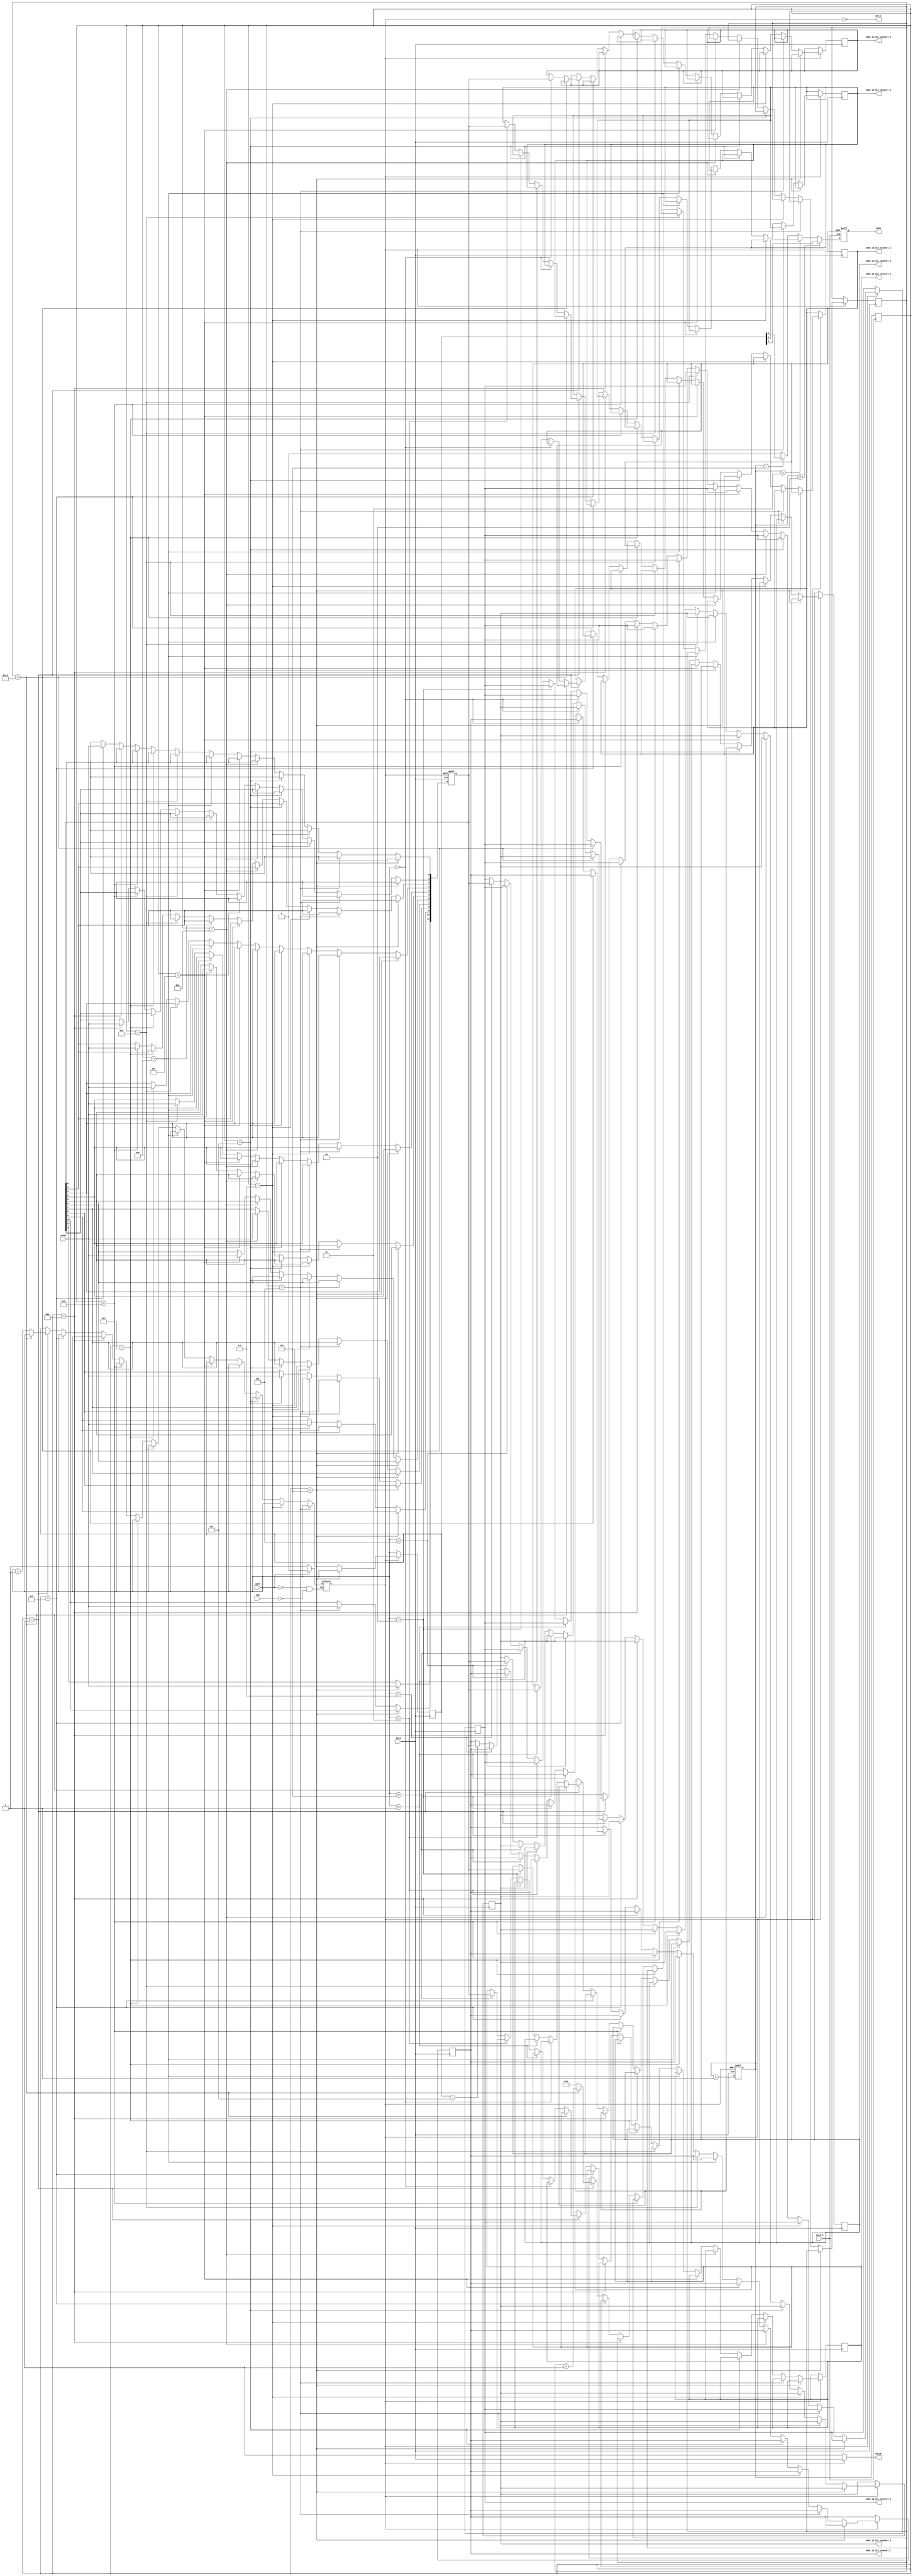
module ADC_CTRL   (   
               iRST,
               iCLK,
               iCLK_n,
               iGO,
               
               
               oDIN,
               oCS_n,
               oSCLK,
               iDOUT,
               
               oADC_12_bit_channel_0,
               oADC_12_bit_channel_1,
               oADC_12_bit_channel_2,
               oADC_12_bit_channel_3,
               oADC_12_bit_channel_4,
               oADC_12_bit_channel_5,
               oADC_12_bit_channel_6,
               oADC_12_bit_channel_7
            );
               
input            iRST;
input            iCLK;
input            iCLK_n;
input          iGO;

output            oDIN;
output            oCS_n;
output            oSCLK;
input            iDOUT;

output  reg [11:0]    oADC_12_bit_channel_0;
output  reg [11:0]    oADC_12_bit_channel_1;
output  reg [11:0]    oADC_12_bit_channel_2;
output  reg [11:0]    oADC_12_bit_channel_3;
output  reg [11:0]    oADC_12_bit_channel_4;
output  reg [11:0]    oADC_12_bit_channel_5;
output  reg [11:0]    oADC_12_bit_channel_6;
output  reg [11:0]    oADC_12_bit_channel_7;

reg     [2:0]    channel;
reg               data;
reg               go_en;
reg               sclk;
reg      [3:0]      cont;
reg      [3:0]      m_cont;
reg      [11:0]   adc_data;
reg      [31:0]   adc_counter;

assign   oCS_n      =   ~go_en;
assign   oSCLK      =   (go_en)? iCLK:1;
assign   oDIN      =   data;

always@( iCLK )//posedge iGO or posedge iRST)
begin
   if(iRST)
      go_en   <=   0;
   else
   begin
      if(iGO)
         go_en   <=   1;
   end
end

always@(posedge iCLK or negedge go_en)
begin
   if(!go_en)
      cont   <=   0;
   else
   begin
      if(iCLK)
         cont   <=   cont + 1;
   end
end

always@(posedge iCLK_n)
begin
   if(iCLK_n)
      m_cont   <=   cont;
end

always@(posedge iCLK_n or negedge go_en)
begin
   if(!go_en)
      data   <=   0;
   else
   begin
      if(iCLK_n)
      begin
         if (cont == 2)
            data   <=   channel[2];
         else if (cont == 3)
            data   <=   channel[1];
         else if (cont == 4)
            data   <=   channel[0];
         else
            data   <=   0;
      end
   end
end

always@(posedge iCLK or negedge go_en)
begin
   if(!go_en)
   begin
      adc_data   <=   0;
   end
   else
   if(iCLK)
      begin
         if (m_cont == 4)
            adc_data[11]   <=   iDOUT;
         else if (m_cont == 5)
            adc_data[10]   <=   iDOUT;
         else if (m_cont == 6)
            adc_data[9]      <=   iDOUT;
         else if (m_cont == 7)
            adc_data[8]      <=   iDOUT;
         else if (m_cont == 8)
            adc_data[7]      <=   iDOUT;
         else if (m_cont == 9)
            adc_data[6]      <=   iDOUT;
         else if (m_cont == 10)
            adc_data[5]      <=   iDOUT;
         else if (m_cont == 11)
            adc_data[4]      <=   iDOUT;
         else if (m_cont == 12)
            adc_data[3]      <=   iDOUT;
         else if (m_cont == 13)
            adc_data[2]      <=   iDOUT;
         else if (m_cont == 14)
            adc_data[1]      <=   iDOUT;
         else if (m_cont == 15)
            adc_data[0]      <=   iDOUT;
         else if (m_cont == 1)
            begin                  
               if ( adc_counter < 32'd20 )
               begin
                  adc_counter <= adc_counter + 1'b1;
               end
               else
               begin         
                  if (channel == 3'd0)
                     oADC_12_bit_channel_0 <= adc_data;
                  else if (channel == 3'd1)
                     oADC_12_bit_channel_1 <= adc_data;
                  else if (channel == 3'd2)
                     oADC_12_bit_channel_2 <= adc_data;
                  else if (channel == 3'd3)
                     oADC_12_bit_channel_3 <= adc_data;
                  else if (channel == 3'd4)
                     oADC_12_bit_channel_4 <= adc_data;
                  else if (channel == 3'd5)
                     oADC_12_bit_channel_5 <= adc_data;
                  else if (channel == 3'd6)
                     oADC_12_bit_channel_6 <= adc_data;
                  else if (channel == 3'd7)
                     oADC_12_bit_channel_7 <= adc_data;
               
                  adc_counter <= 32'd0;
                  channel <= channel + 1'b1;
               end
            end
      end
end

endmodule